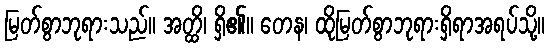
မြတ်စွာဘုရားသည်။ အတ္ထိ၊ ရှိ၏။ တေန၊ ထိုမြတ်စွာဘုရားရှိရာအရပ်သို့။